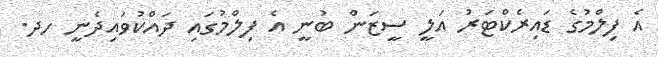
އެ ފިލްމުގެ ޑައިރެކްޓަރު އަލީ ސީޒަން ބުނީ އެ ފިލްމުގައި ދައްކުވައިދެނީ ހދ.